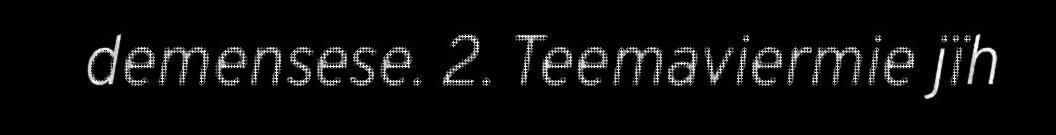
demensese. 2. Teemaviermie jïh